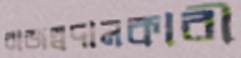
রাজস্বদানকারী